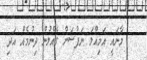
މާނައީ އަމިއްލަ ނަފުސަށް ގެއްލުން ދިނުމެއް އަދި